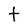
Character: t